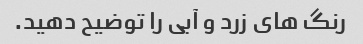
رنگ های زرد و آبی را توضیح دهید.